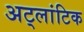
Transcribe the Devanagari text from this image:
अट्लांटिक